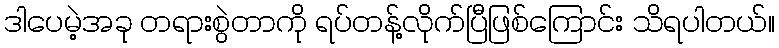
ဒါပေမဲ့အခု တရားစွဲတာကို ရပ်တန့်လိုက်ပြီဖြစ်ကြောင်း သိရပါတယ်။